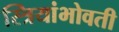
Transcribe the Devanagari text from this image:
स्त्रियांभोवती